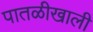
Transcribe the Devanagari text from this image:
पातळीखाली